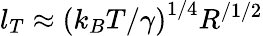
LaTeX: l_{T}\approx{\left(k_{B}T/\gamma\right)}^{1/4}R^{/1/2}